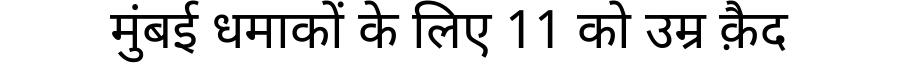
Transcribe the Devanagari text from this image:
मुंबई धमाकों के लिए 11 को उम्र क़ैद